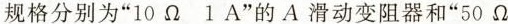
规格分别为”10\Omega 1A”的A滑动变阻器和”50\Omega